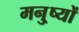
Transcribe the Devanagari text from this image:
मनु्ष्यों